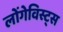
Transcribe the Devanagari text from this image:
लोंगेविस्ट्स